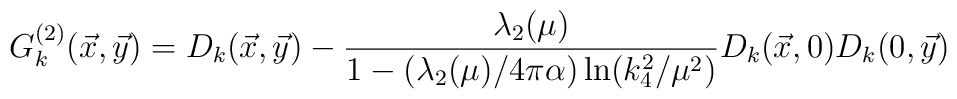
G^{(2)}_k({\vec x},{\vec y}) = D_k ({\vec x},{\vec y}) - {\lambda_2(\mu)\over 1-(\lambda_2(\mu)/ 4\pi\alpha)\ln (k_4^2/ \mu^2)} D_k ({\vec x},0) D_k (0,{\vec y})